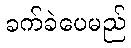
ခက်ခဲပေမည်